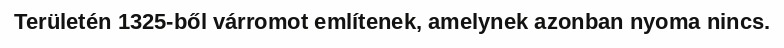
Területén 1325-ből várromot említenek, amelynek azonban nyoma nincs.